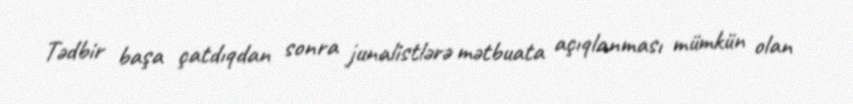
Tədbir başa çatdıqdan sonra junalistlərə mətbuata açıqlanması mümkün olan